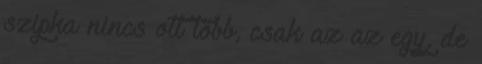
szipka nincs ott több, csak az az egy, de